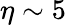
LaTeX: \eta\sim 5